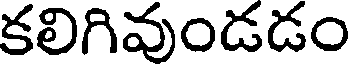
కలిగివుండడం